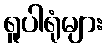
ရူပါရုံများ